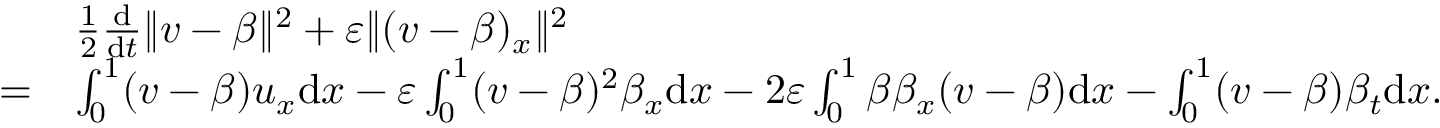
\begin{array} { r l } & { \frac 1 2 \frac { \mathrm { d } } { \mathrm { d } t } \| v - \beta \| ^ { 2 } + \varepsilon \| ( v - \beta ) _ { x } \| ^ { 2 } } \\ { = } & { \int _ { 0 } ^ { 1 } ( v - \beta ) u _ { x } \mathrm { d } x - \varepsilon \int _ { 0 } ^ { 1 } ( v - \beta ) ^ { 2 } \beta _ { x } \mathrm { d } x - 2 \varepsilon \int _ { 0 } ^ { 1 } \beta \beta _ { x } ( v - \beta ) \mathrm { d } x - \int _ { 0 } ^ { 1 } ( v - \beta ) \beta _ { t } \mathrm { d } x . } \end{array}